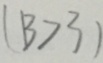
( 1 3 > 3 )